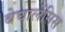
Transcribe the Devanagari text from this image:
बेघालेंसिस